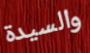
والسيدة